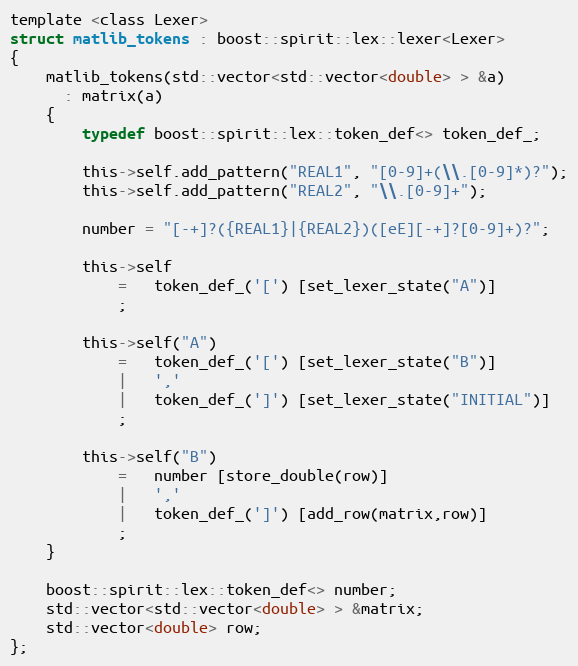
Language: C
template <class Lexer>
struct matlib_tokens : boost::spirit::lex::lexer<Lexer>
{
    matlib_tokens(std::vector<std::vector<double> > &a)
      : matrix(a)
    {
        typedef boost::spirit::lex::token_def<> token_def_;

        this->self.add_pattern("REAL1", "[0-9]+(\\.[0-9]*)?");
        this->self.add_pattern("REAL2", "\\.[0-9]+");

        number = "[-+]?({REAL1}|{REAL2})([eE][-+]?[0-9]+)?";

        this->self
            =   token_def_('[') [set_lexer_state("A")]
            ;

        this->self("A")
            =   token_def_('[') [set_lexer_state("B")]
            |   ','
            |   token_def_(']') [set_lexer_state("INITIAL")]
            ;

        this->self("B")
            =   number [store_double(row)]
            |   ','
            |   token_def_(']') [add_row(matrix,row)]
            ;
    }

    boost::spirit::lex::token_def<> number;
    std::vector<std::vector<double> > &matrix;
    std::vector<double> row;
};